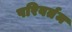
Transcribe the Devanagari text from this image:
परिवर्तम